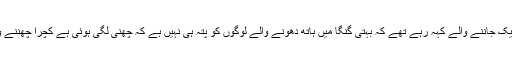
میرے ایک جاننے والے کہہ رہے تھے کہ بہتی گنگا میں ہاتھ دھونے والے لوگوں کو پتہ ہی نہیں ہے کہ چھنی لگی ہوئی ہے کچرا چھننے والاہے!